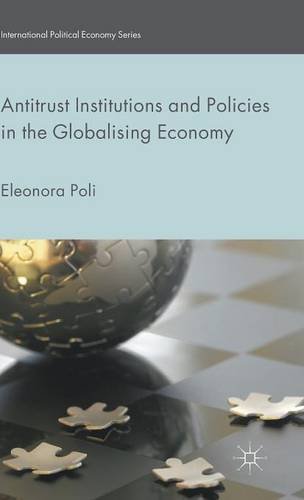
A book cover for Antitrust Institutions and Policies in the Globalising Economy (International Political Economy Series); Eleonora Poli; Law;